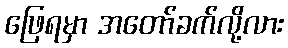
ဖြေရမှာ အတော်ခက်လို့လား